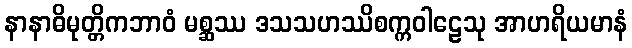
နာနာဓိမုတ္တိကဘာဝံ မစ္ဆဿ ဒသသဟဿိစက္ကဝါဠေသု အာဟရိယမာနံ